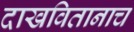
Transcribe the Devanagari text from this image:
दाखवितानाच